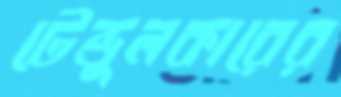
টেন্ডুলকারের